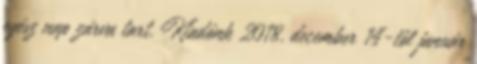
egész nap zárva tart. Kiadónk 2018. december 14-től január